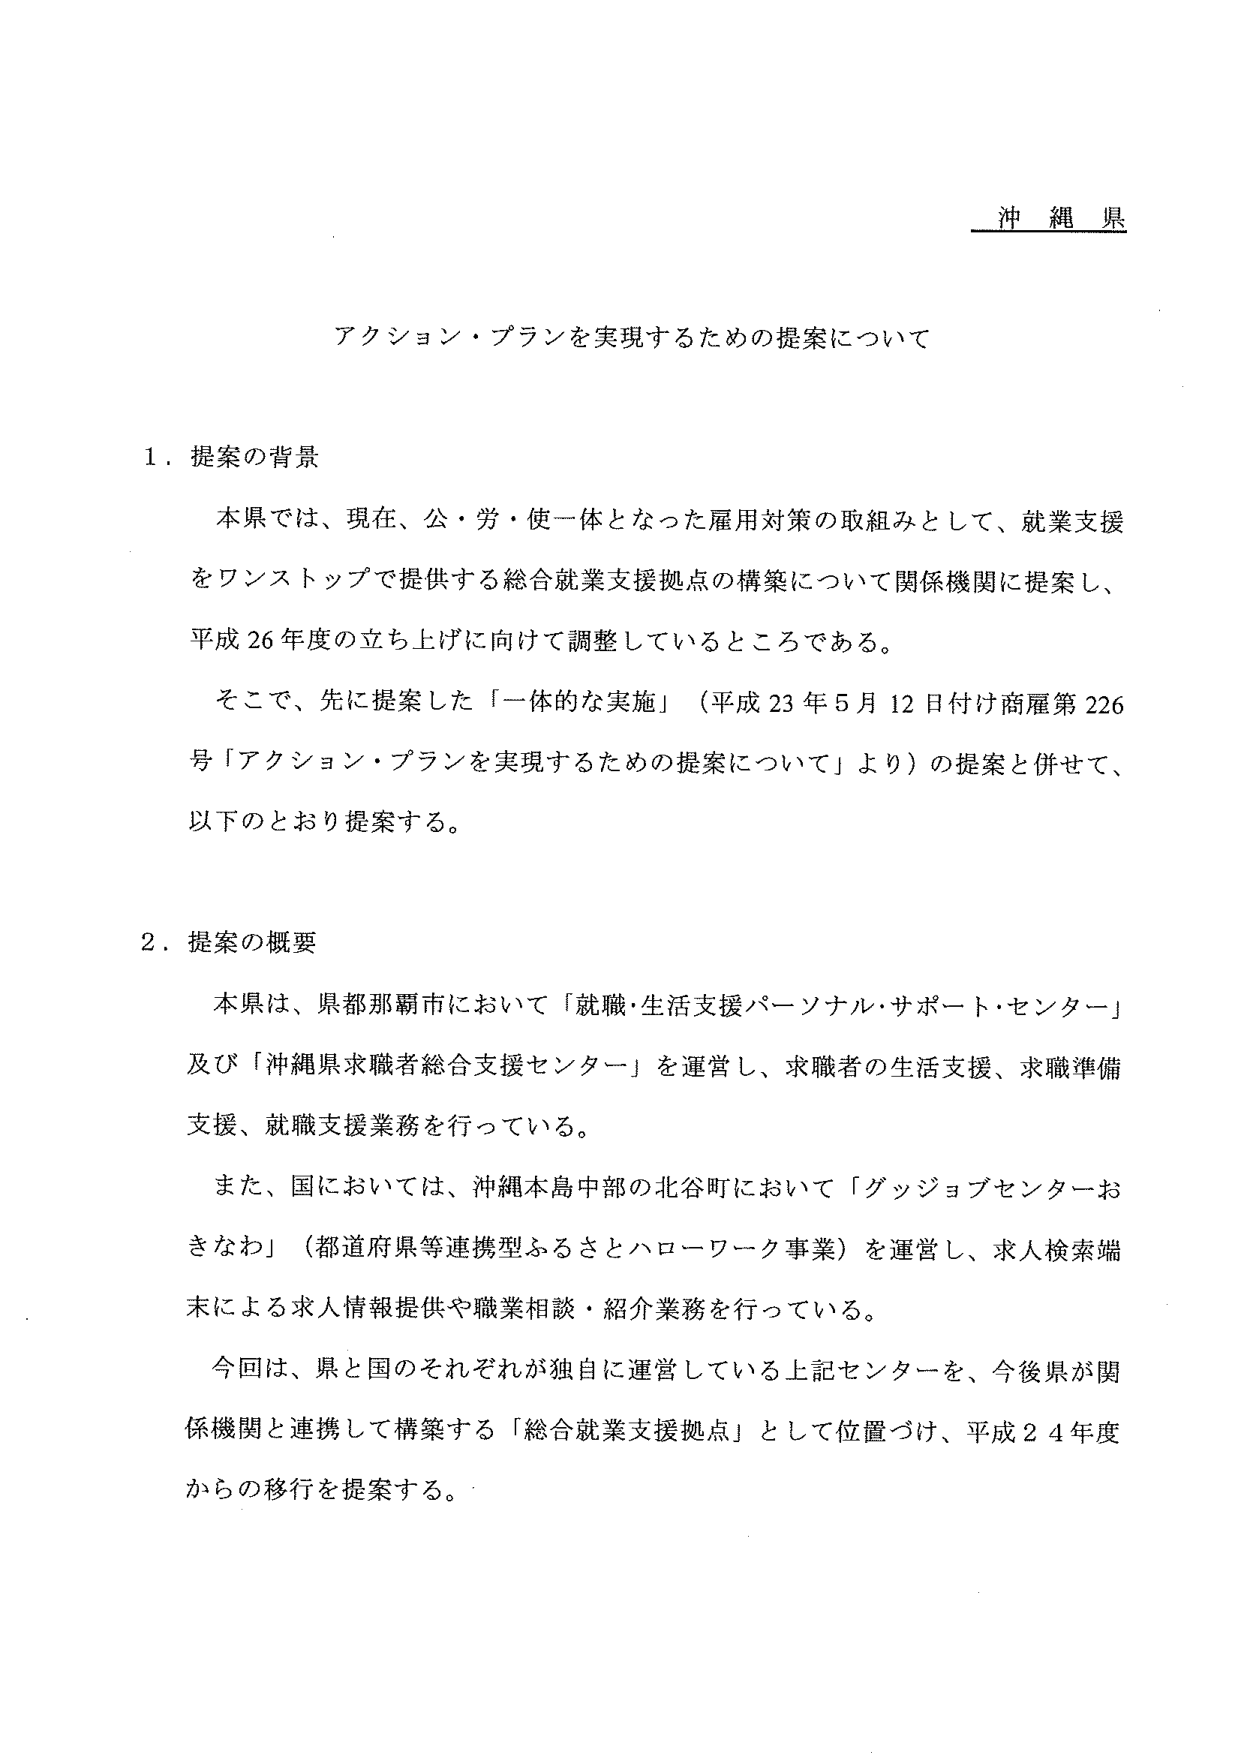
沖縄県

アクション・プランを実現するための提案について

１．提案の背景

本県では、現在、公・労・使一体となった雇用対策の取組みとして、就業支援をワンストップで提供する総合就業支援拠点の構築について関係機関に提案し、平成26年度の立ち上げに向けて調整しているところである。

そこで、先に提案した「一体的な実施」（平成23年5月12日付け商雇第226号「アクション・プランを実現するための提案について」より）の提案と併せて、以下のとおり提案する。

２．提案の概要

本県は、県都那覇市において「就職・生活支援パーソナル・サポート・センター」及び「沖縄県求職者総合支援センター」を運営し、求職者の生活支援、求職準備支援、就職支援業務を行っている。

また、国においては、沖縄本島中部の北谷町において「グッジョブセンターおきなわ」（都道府県等連携型ふるさとハローワーク事業）を運営し、求人検索端末による求人情報提供や職業相談・紹介業務を行っている。

今回は、県と国のそれぞれが独自に運営している上記センターを、今後県が関係機関と連携して構築する「総合就業支援拠点」として位置づけ、平成24年度からの移行を提案する。